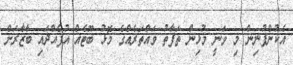
އެކުންފުނިން މި ވަނީ މުޅިން ތަފާތު ވައްތަރެއްގެ މޮޅު ބޫޓެއް އުފެއްދައި ބާޒާރަށް